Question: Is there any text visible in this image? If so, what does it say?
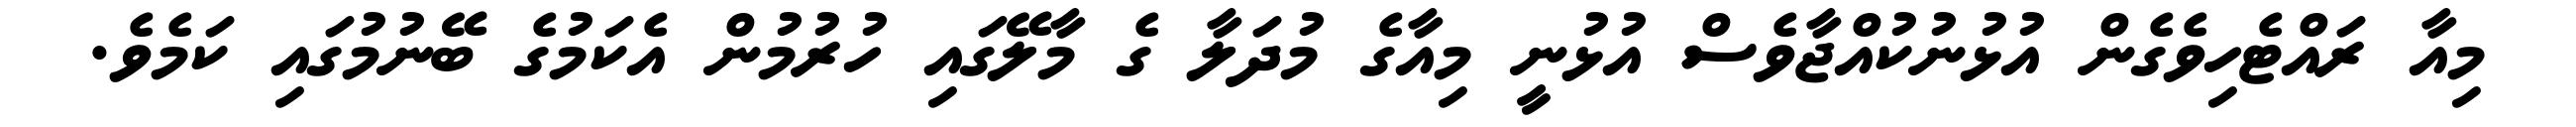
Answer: މިއާ ރައްޓެހިވެގެން އުޅުނުކުއްޖާވެސް އުޅުނީ މިއާގެ މުދަލާ ގެ މާލޭގައި ހުރުމުން އެކަމުގެ ބޭނުމުގައި ކަމެވެ.